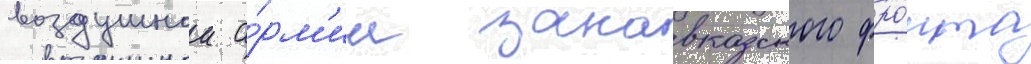
воздушнои а́рм'ии закавказского фро́нта